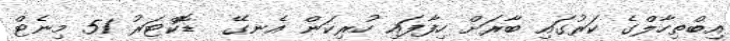
އިބްތިހާލްގެ ކަރުގައި ބާރަށް ހިފާފައި ހުރިކަން އެނގޭ  ޑޮކްޓަރު 51 މިނެޓް